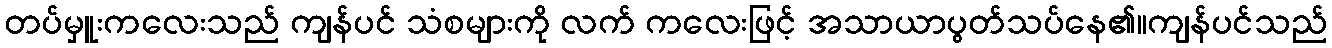
တပ်မှူးကလေးသည် ကျန်ပင် သံစများကို လက် ကလေးဖြင့် အသာယာပွတ်သပ်နေ၏။ကျန်ပင်သည်